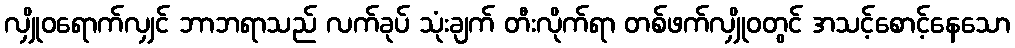
လျှိုဝရောက်လျှင် ဘာဘရာသည် လက်ခုပ် သုံးချက် တီးလိုက်ရာ တစ်ဖက်လျှိုဝတွင် အသင့်စောင့်နေသော